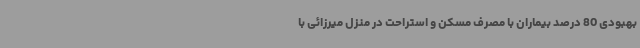
بهبودی 80 درصد بیماران با مصرف مسکن و استراحت در منزل میرزائی با